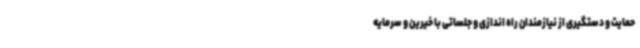
حمایت و دستگیری از نیازمندان راه اندازی و جلساتی با خیرین و سرمایه